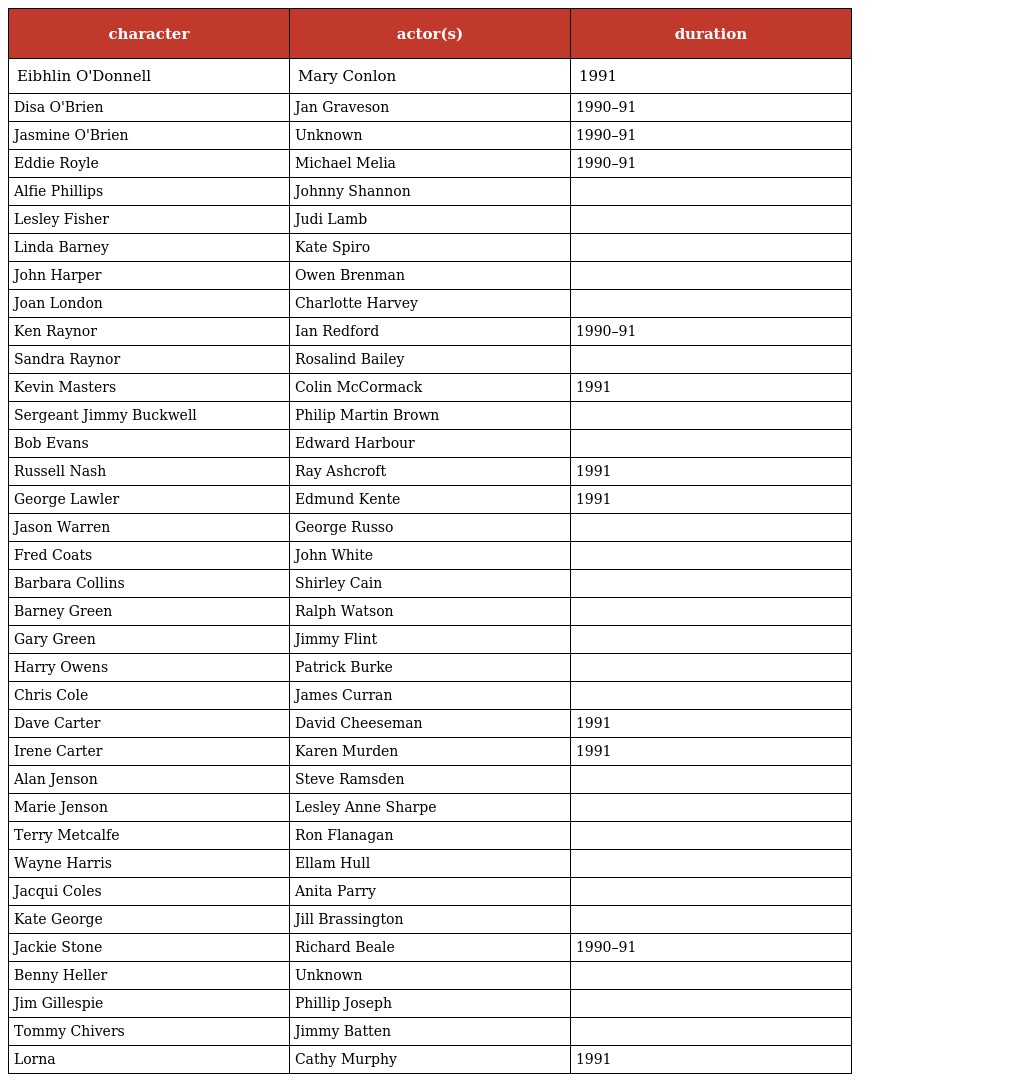
| character | actor(s) | duration |
 | --- | --- | --- |
 | Eibhlin O'Donnell | Mary Conlon | 1991 |
 | Disa O'Brien | Jan Graveson | 1990–91 |
 | Jasmine O'Brien | Unknown | 1990–91 |
 | Eddie Royle | Michael Melia | 1990–91 |
 | Alfie Phillips | Johnny Shannon |  |
 | Lesley Fisher | Judi Lamb |  |
 | Linda Barney | Kate Spiro |  |
 | John Harper | Owen Brenman |  |
 | Joan London | Charlotte Harvey |  |
 | Ken Raynor | Ian Redford | 1990–91 |
 | Sandra Raynor | Rosalind Bailey |  |
 | Kevin Masters | Colin McCormack | 1991 |
 | Sergeant Jimmy Buckwell | Philip Martin Brown |  |
 | Bob Evans | Edward Harbour |  |
 | Russell Nash | Ray Ashcroft | 1991 |
 | George Lawler | Edmund Kente | 1991 |
 | Jason Warren | George Russo |  |
 | Fred Coats | John White |  |
 | Barbara Collins | Shirley Cain |  |
 | Barney Green | Ralph Watson |  |
 | Gary Green | Jimmy Flint |  |
 | Harry Owens | Patrick Burke |  |
 | Chris Cole | James Curran |  |
 | Dave Carter | David Cheeseman | 1991 |
 | Irene Carter | Karen Murden | 1991 |
 | Alan Jenson | Steve Ramsden |  |
 | Marie Jenson | Lesley Anne Sharpe |  |
 | Terry Metcalfe | Ron Flanagan |  |
 | Wayne Harris | Ellam Hull |  |
 | Jacqui Coles | Anita Parry |  |
 | Kate George | Jill Brassington |  |
 | Jackie Stone | Richard Beale | 1990–91 |
 | Benny Heller | Unknown |  |
 | Jim Gillespie | Phillip Joseph |  |
 | Tommy Chivers | Jimmy Batten |  |
 | Lorna | Cathy Murphy | 1991 |